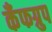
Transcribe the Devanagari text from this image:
कँफग्रुप